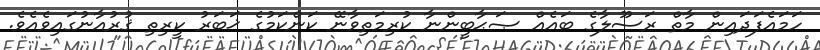
ހަމައެފަދައިން މާތް ރަސޫލާގެ ބައެއް ޞަޙާބީންނާ ކުރިމަތިވާނޭ ކަންކަމުގެ ޚަބަރު ކީރިތި ޤުރުއާނުގައިވެއެވެ.